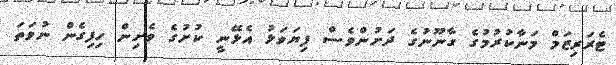
ޓެރަރިޒަމް މަނާކުރުމުގެ ގާނޫނުގެ ދަށުންވެސް ފިޔަވަޅު އެޅޭނީ ކުށުގެ ވެށިން ހިފިގެން ނުވަތަ